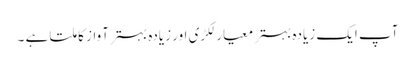
آپ ایک زیادہ بہتر معیار لکڑی اور زیادہ بہتر آواز کا ملتا ہے ۔